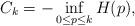
LaTeX: \begin{align*}C_k = -\inf_{0 \le p \le k}H(p),\end{align*}